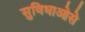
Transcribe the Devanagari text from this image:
सुविधाओसे